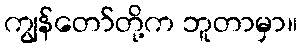
ကျွန်တော်တို့က ဘူတာမှာ။